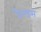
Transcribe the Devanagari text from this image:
वैल्डस